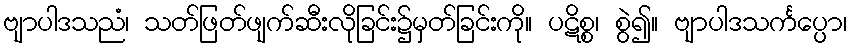
ဗျာပါဒသညံ၊ သတ်ဖြတ်ဖျက်ဆီးလိုခြင်း၌မှတ်ခြင်းကို။ ပဋိစ္စ၊ စွဲ၍။ ဗျာပါဒသင်္ကပ္ပော၊